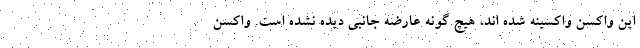
این واکسن واکسینه شده اند، هیچ گونه عارضه جانبی دیده نشده است. واکسن